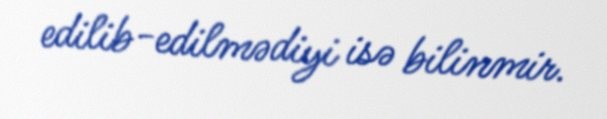
edilib-edilmədiyi isə bilinmir.